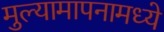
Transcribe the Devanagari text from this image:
मुल्यामापनामध्ये